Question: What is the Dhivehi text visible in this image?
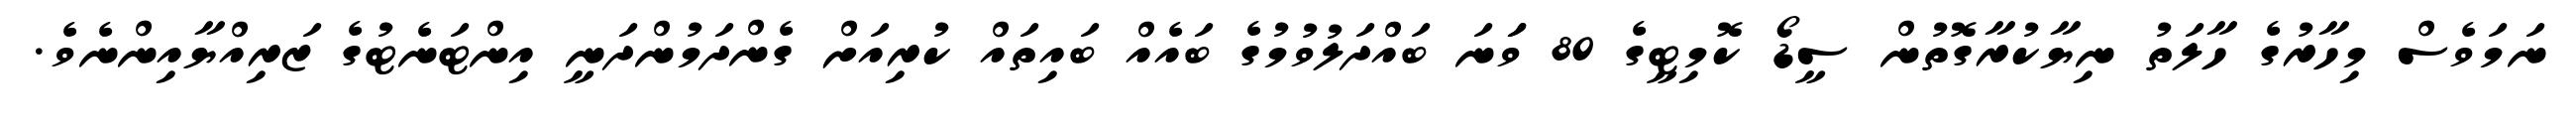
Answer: ނަމަވެސް މިހާރުގެ ހާލަތު ނިޔާކުރާގޮތުން ސީޑޯ ކޮމިޓީގެ 80 ވަަނަ ބައްދަލުވުމުގެ ބައެއް ބައިތައް ކުރިއަށް ގެންދަމުންދަނީ އިންޓަނެޓުގެ ޒަރިއްޔާއިންނެވެ.